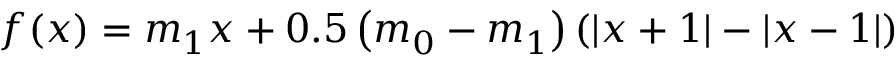
f ( x ) = m _ { 1 } x + 0 . 5 \left( m _ { 0 } - m _ { 1 } \right) ( | x + 1 | - | x - 1 | )